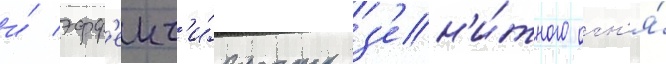
и́ эфф'ект'и́вность з'ен'и́тного огн'я́